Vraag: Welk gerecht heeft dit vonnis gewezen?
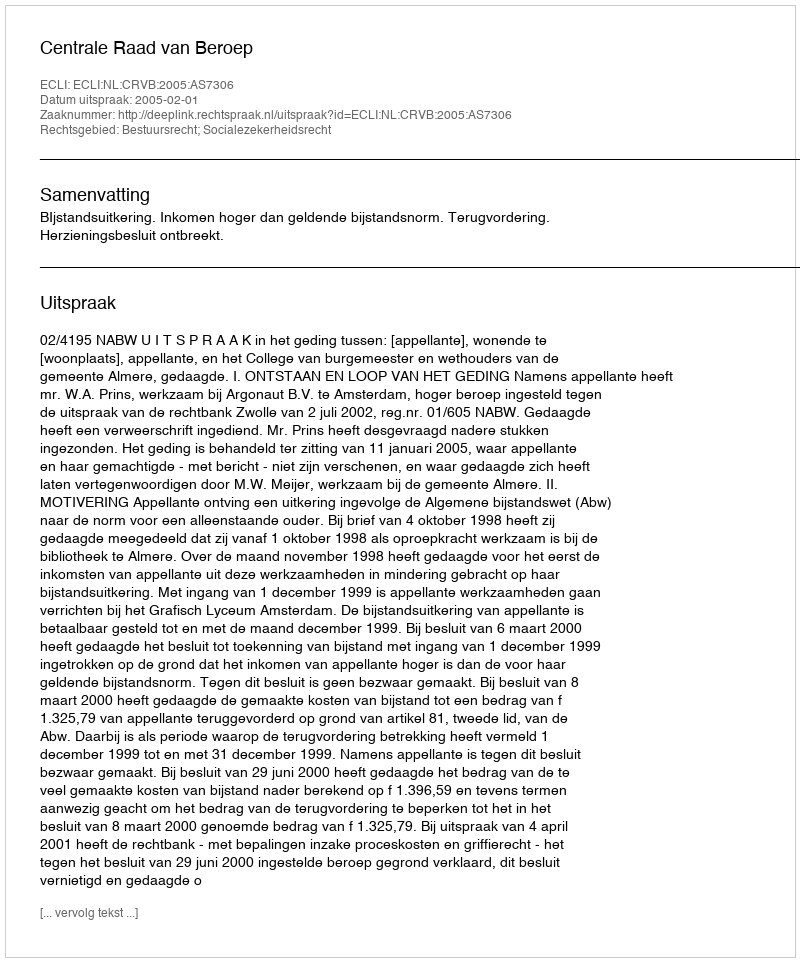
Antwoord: Centrale Raad van Beroep